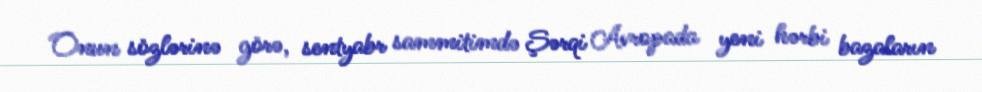
Onun sözlərinə görə, sentyabr sammitimdə Şərqi Avropada yeni hərbi bazaların